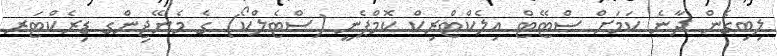
ލިބިގެން ދާނެ ކަމަށް ސްޓޭޓް އިލެކްޓްރިކް ކޮމްޕެނީ (ސްޓެލްކޯ) ގެ މެނޭޖިންގ ޑިރެކްޓަރ